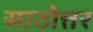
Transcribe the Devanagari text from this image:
साठोत्तर